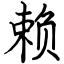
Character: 赖